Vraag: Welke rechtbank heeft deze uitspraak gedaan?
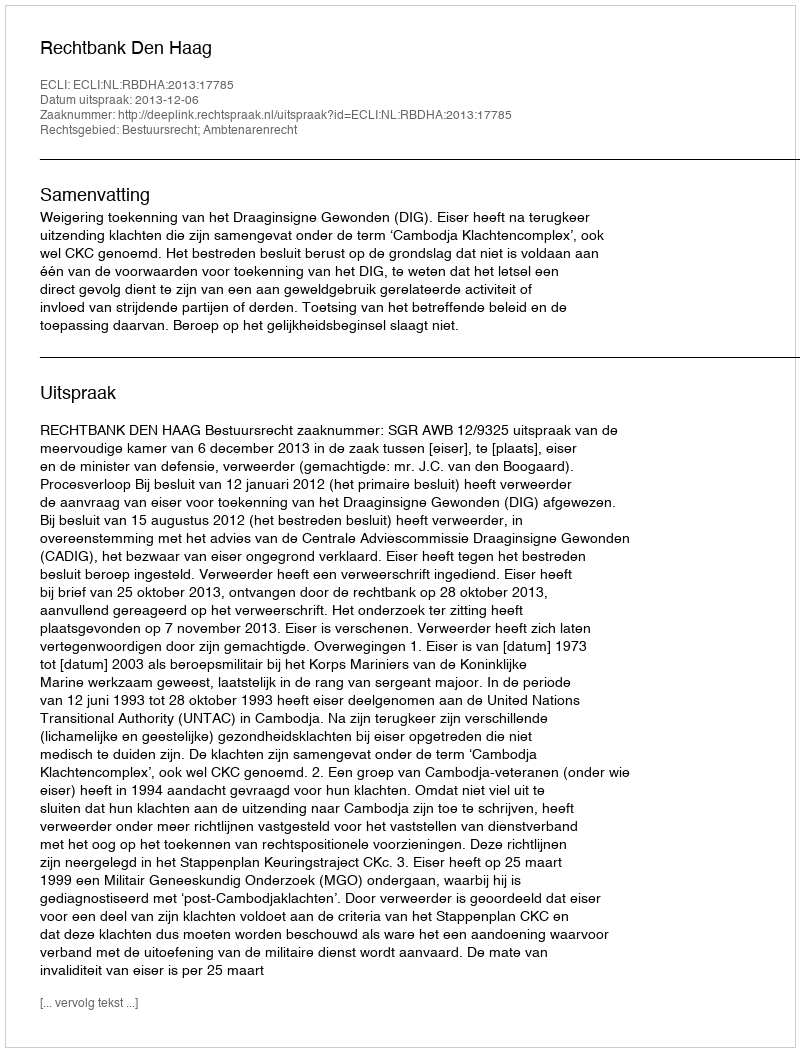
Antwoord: Rechtbank Den Haag